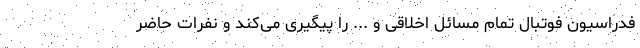
فدراسیون فوتبال تمام مسائل اخلاقی و ... را پیگیری می‌کند و نفرات حاضر